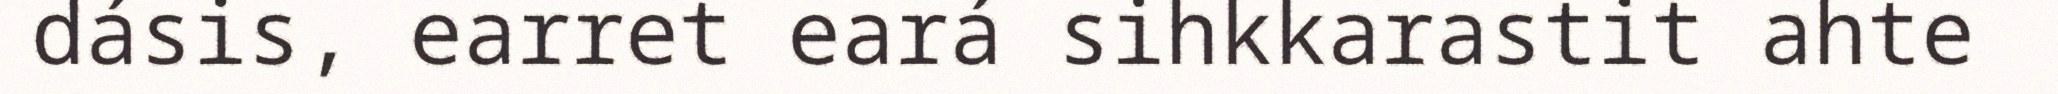
dásis, earret eará sihkkarastit ahte